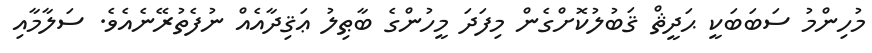
މުހިންމު ސަބަބަކީ ޙަދީޘް ޤަބުލުކޮށްގެން މިފަދަ މީހުންގެ ބާޠިލު ޢަޤިދާއެއް ނުފެތުރޭނެއެވެ. ސަލާމާއި